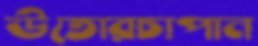
উতোরচাপান